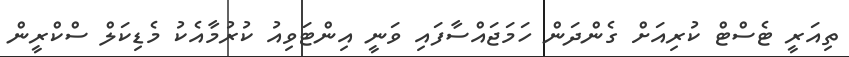
ތިއަރީ ޓެސްޓް ކުރިއަށް ގެންދަން ހަމަޖައްސާފައި ވަނީ އިންޓަވިއު ކުރުމާއެކު މެޑިކަލް ސްކްރީން